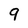
Character: 9